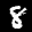
Label: 8